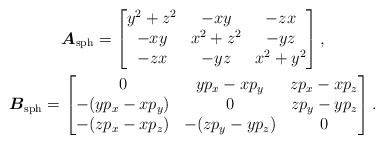
\begin{gather*}\boldsymbol{A}_{\rm sph}=\left[\begin{matrix}y^2+z^2&-xy&-zx\\-xy&x^2+z^2&-yz\\-zx&-yz&x^2+y^2\end{matrix}\right ] ,\\\boldsymbol{B}_{\rm sph}=\left[\begin{matrix}0&yp_x-xp_y&zp_x-xp_z\\-(yp_x-xp_y)&0&zp_y-yp_z\\-(zp_x-xp_z)&-(zp_y-yp_z)&0\end{matrix}\right ] .\end{gather*}